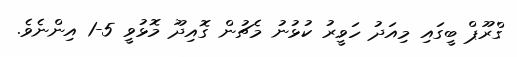
ގްރޫޕް ބީގައި މިއަދު ހަވީރު ކުޅުނު މެޗުން ގޮއިދޫ މޮޅުވީ 5-1 އިންނެވެ.